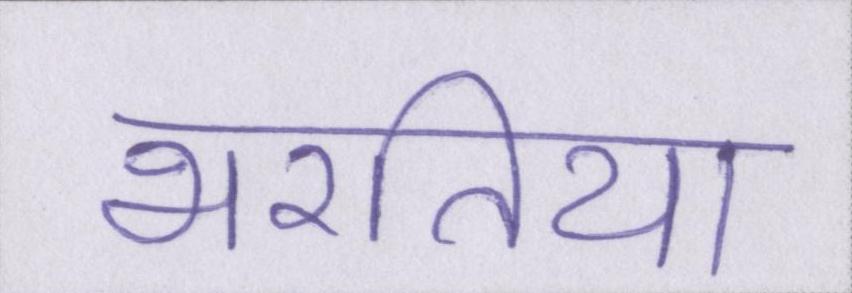
भरतिया